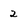
Character: 2